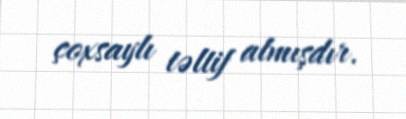
çoxsaylı təltif almışdır.